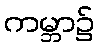
ကမ္ဘာ၌